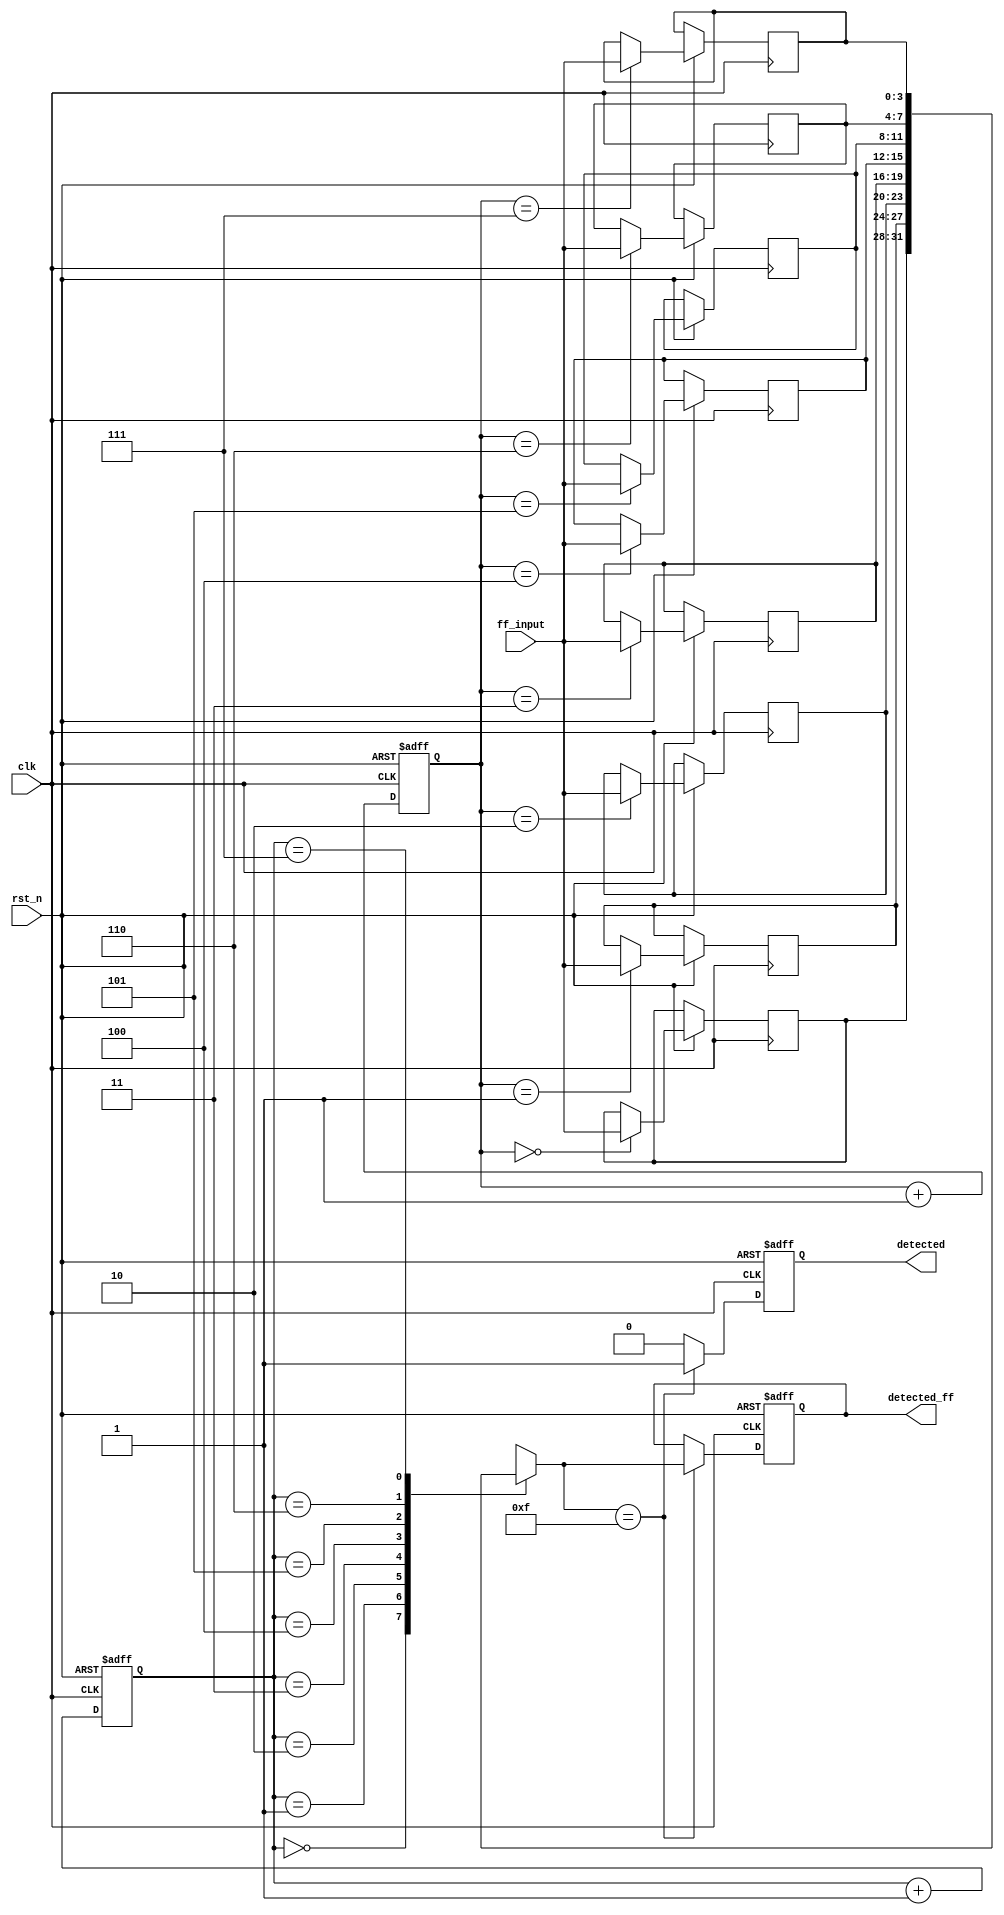
module FlipFlopDetector #(
    parameter NUM_FLIP_FLOPS = 4,  // Number of flip-flops to monitor
    parameter MEMORY_DEPTH = 8      // Depth of memory block for state storage
)(
    input  wire clk,                // Clock signal
    input  wire rst_n,              // Active low reset signal
    input  wire [NUM_FLIP_FLOPS-1:0] ff_input, // Flip-flop states input
    output wire detected,           // Detection output
    output reg [NUM_FLIP_FLOPS-1:0] detected_ff // Flip-flops involved in detection
);

    // Memory blocks to store flip-flop states
    reg [NUM_FLIP_FLOPS-1:0] memory [0:MEMORY_DEPTH-1];
    reg [2:0] write_pointer;       // Pointer to write in memory
    reg [2:0] read_pointer;        // Pointer to read from memory

    // Control logic for writing to memory blocks
    always @(posedge clk or negedge rst_n) begin
        if (!rst_n) begin
            write_pointer <= 3'b0;
        end else begin
            // Capture state of flip-flops
            memory[write_pointer] <= ff_input;
            write_pointer <= write_pointer + 1;
        end
    end

    // Control logic for reading from memory blocks and detection
    always @(posedge clk or negedge rst_n) begin
        if (!rst_n) begin
            read_pointer <= 3'b0;
            detected <= 1'b0;
            detected_ff <= 0;
        end else begin
            // Simple detection logic (example: detect if all flip-flops are set)
            if (memory[read_pointer] == {NUM_FLIP_FLOPS{1'b1}}) begin
                detected <= 1'b1;
                detected_ff <= memory[read_pointer];
            end else begin
                detected <= 1'b0;
            end
            read_pointer <= read_pointer + 1;
        end
    end

endmodule